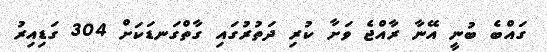
ގައްބެ ބުނީ އޭނާ ރާއްޖެ ވަށާ ކުރި ދަތުރުގައި ގާތްގަނޑަކަށް 304 ގަޑިއިރު